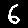
Digit: 6